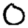
Digit: 0